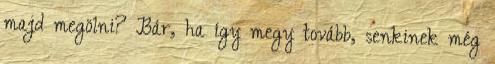
majd megölni? Bár, ha így megy tovább, senkinek még